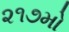
૨૧૭મો